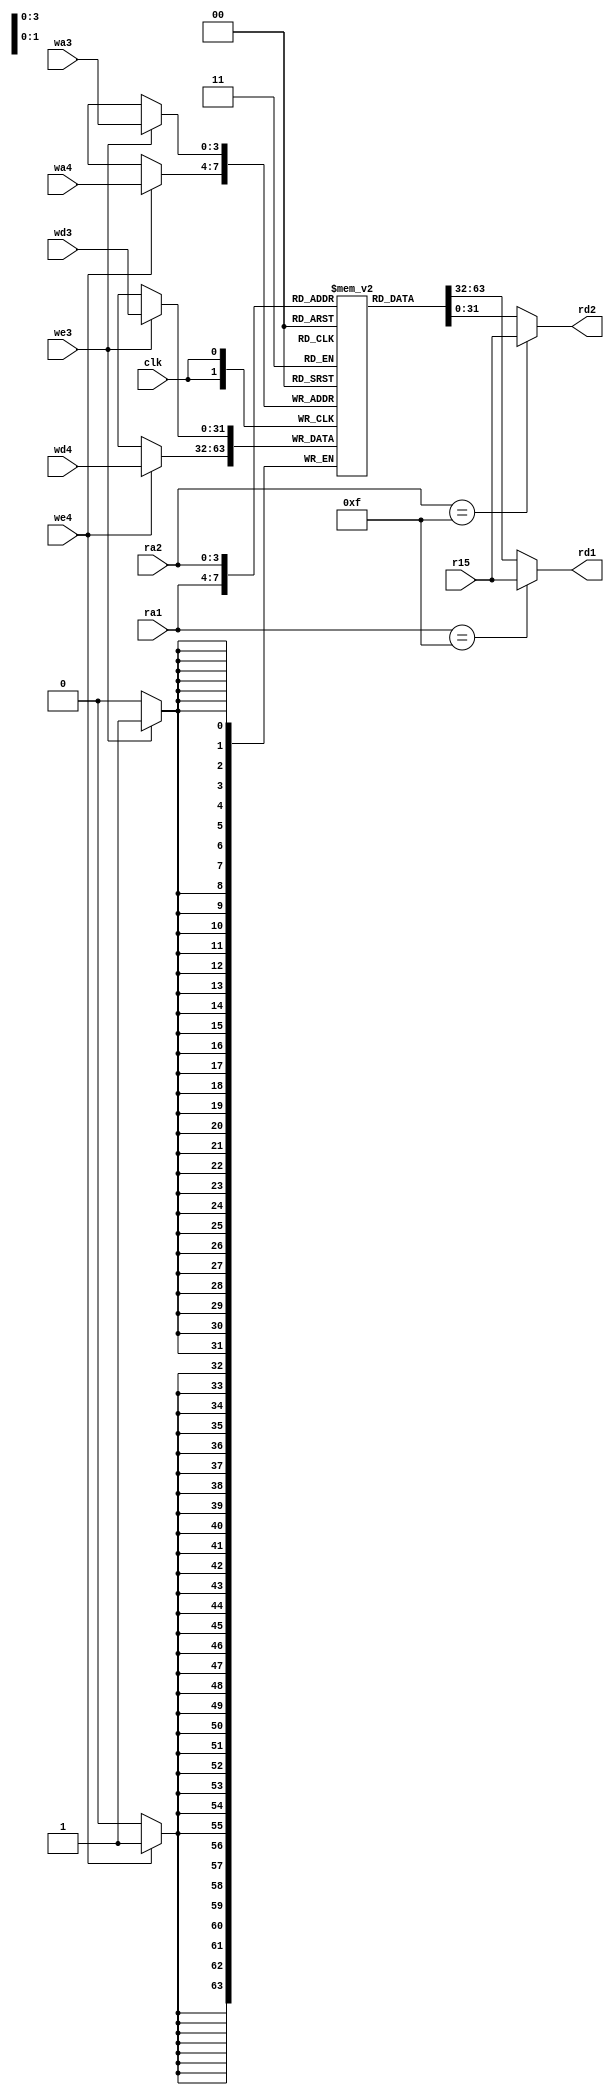
module regfile (
	clk,
	we3,
	we4,
	ra1,
	ra2,
	wa3,
	wa4,
	wd3,
	wd4,
	r15,
	rd1,
	rd2
);
	input wire clk;
	input wire we3;
	input wire we4;
	input wire [3:0] ra1;
	input wire [3:0] ra2;
	input wire [3:0] wa3;
	input wire [3:0] wa4;
	input wire [31:0] wd3;
	input wire [31:0] wd4;
	input wire [31:0] r15;
	output wire [31:0] rd1;
	output wire [31:0] rd2;
	reg [31:0] rf [14:0];
	always @(posedge clk) begin
		if (we3)
			rf[wa3] <= wd3;
		if (we4)
			rf[wa4] <= wd4;
	end
	assign rd1 = (ra1 == 4'b1111 ? r15 : rf[ra1]);
	assign rd2 = (ra2 == 4'b1111 ? r15 : rf[ra2]);
endmodule